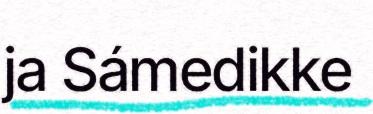
ja Sámedikke